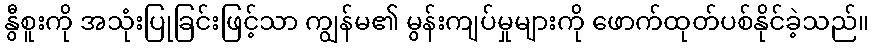
နွီစူးကို အသုံးပြုခြင်းဖြင့်သာ ကျွန်မ၏ မွန်းကျပ်မှုများကို ဖောက်ထုတ်ပစ်နိုင်ခဲ့သည်။